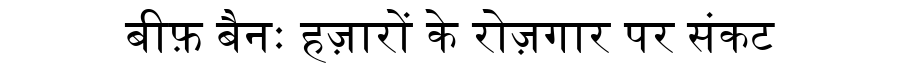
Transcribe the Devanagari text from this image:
बीफ़ बैनः हज़ारों के रोज़गार पर संकट